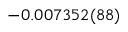
- 0 . 0 0 7 3 5 2 ( 8 8 )